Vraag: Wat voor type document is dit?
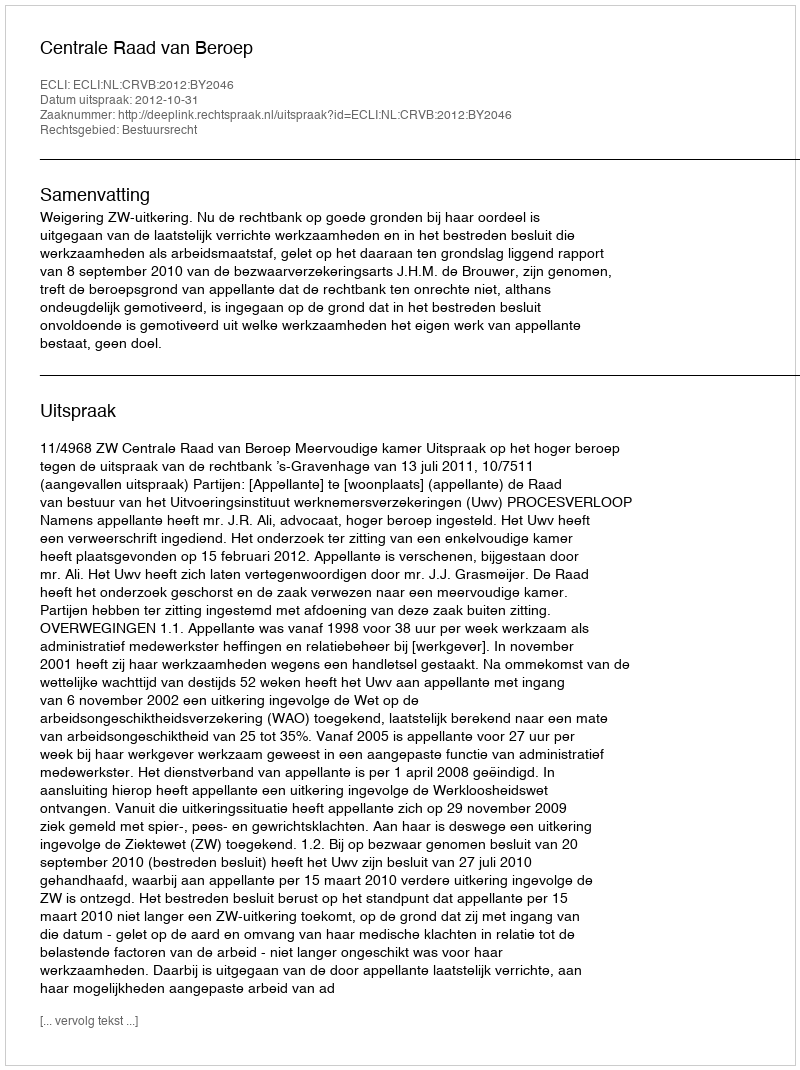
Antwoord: Uitspraak